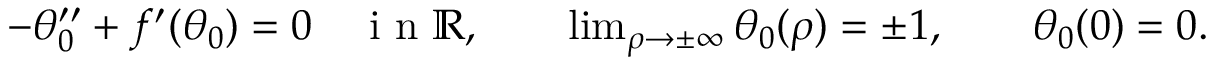
\begin{array} { r } { - \theta _ { 0 } ^ { \prime \prime } + f ^ { \prime } ( \theta _ { 0 } ) = 0 \quad \mathrm { ~ i ~ n ~ } \ensuremath { \mathbb { R } } , \qquad \operatorname* { l i m } _ { \rho \to \pm \infty } \theta _ { 0 } ( \rho ) = \pm 1 , \qquad \theta _ { 0 } ( 0 ) = 0 . } \end{array}